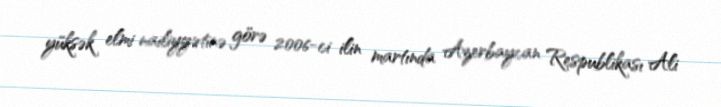
yüksək elmi nailiyyətinə görə 2006-ci ilin martında Azerbaycan Respublikası Ali